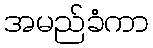
အမည်ခံကာ